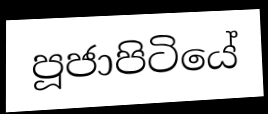
පූජාපිටියේ